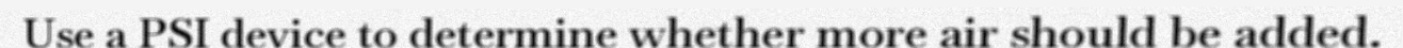
Use a PSI device to determine whether more air should be added.